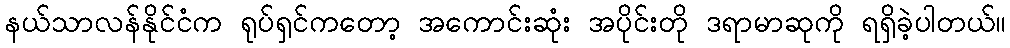
နယ်သာလန်နိုင်ငံက ရုပ်ရှင်ကတော့ အကောင်းဆုံး အပိုင်းတို ဒရာမာဆုကို ရရှိခဲ့ပါတယ်။